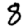
Digit: 8